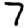
Digit: 7